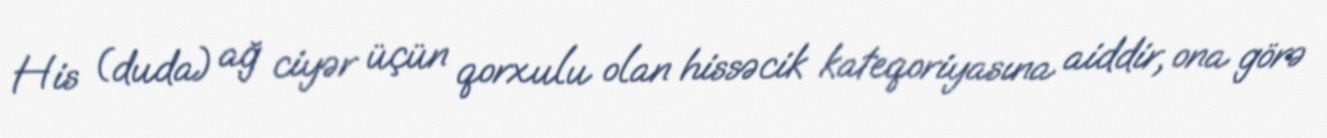
His (duda) ağ ciyər üçün qorxulu olan hissəcik kateqoriyasına aiddir, ona görə